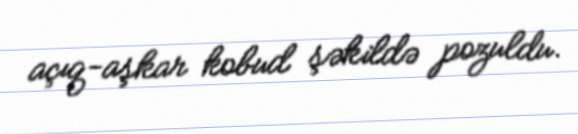
açıq-aşkar kobud şəkildə pozuldu.